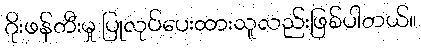
ဂိုးဖန်တီးမှု ပြုလုပ်ပေးထားသူလည်းဖြစ်ပါတယ်။